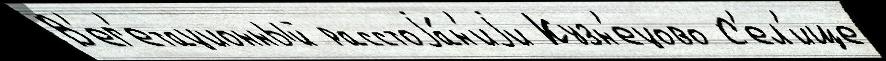
В'ег'етационный расстоjа́н'иjи Кузн'ецово С'ел'ище